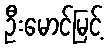
ဦးမောင်မြင့်